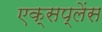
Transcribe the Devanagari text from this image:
एक्सप्लेंस